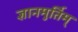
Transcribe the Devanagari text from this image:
ज्ञानमुर्तिम्‌